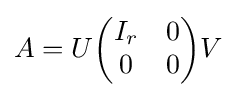
A=U{\begin{pmatrix}I_{r}&0\\0&0\end{pmatrix}}V